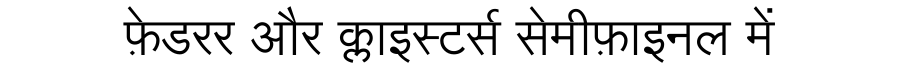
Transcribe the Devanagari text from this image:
फ़ेडरर और क्लाइस्टर्स सेमीफ़ाइनल में